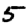
Digit: 5